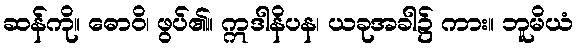
ဆန်ကို။ ဓောဝိ၊ ဖွပ်၏။ ဣဒါနိပန၊ ယခုအခါ၌ ကား။ ဘူမိယံ